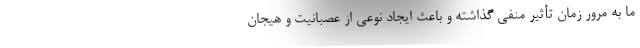
ما به مرور زمان تأثیر منفی گذاشته و باعث ایجاد نوعی از عصبانیت و هیجان